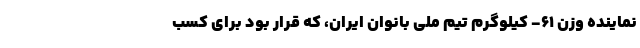
نماینده وزن ۶۱- کیلوگرم تیم ملی بانوان ایران، که قرار بود برای کسب